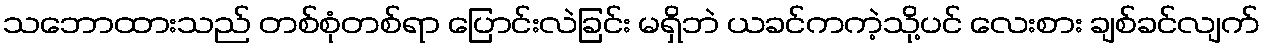
သဘောထားသည် တစ်စုံတစ်ရာ ပြောင်းလဲခြင်း မရှိဘဲ ယခင်ကကဲ့သို့ပင် လေးစား ချစ်ခင်လျက်